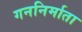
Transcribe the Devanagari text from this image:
गननिर्माता